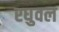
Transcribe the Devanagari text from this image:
रघुवल